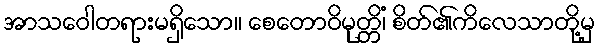
အာသဝေါတရားမရှိသော။ စေတောဝိမုတ္တိံ၊ စိတ်၏ကိလေသာတို့မှ